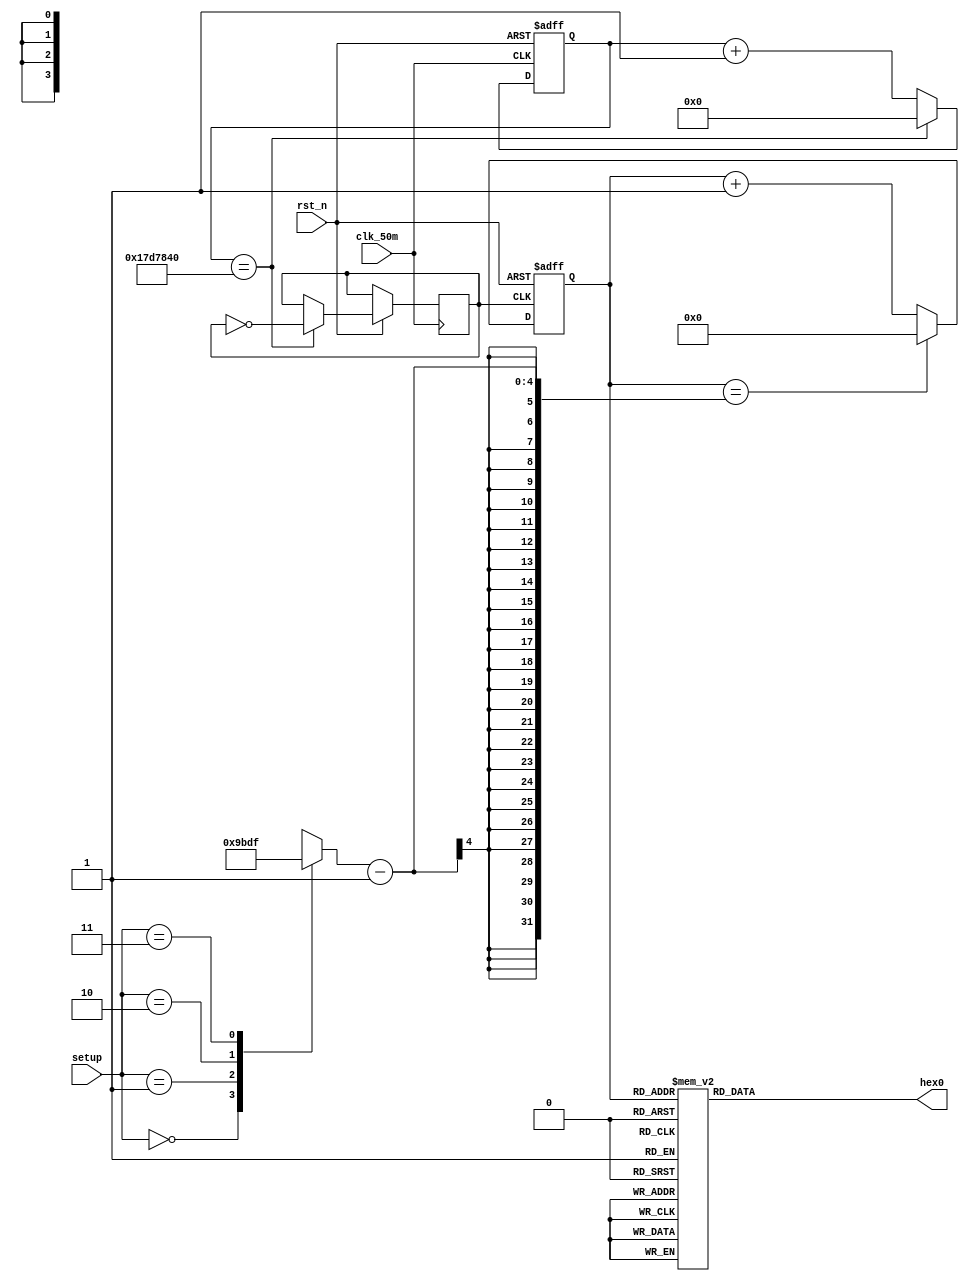
module Counter(
		input					clk_50m,
		input					rst_n,
		
		input [1:0] 		setup,
		
		output reg [6:0]	hex0
		
		
);

//-----------------------------------------------------
reg  [24:0]  cnt_0;  
reg	clk_1hz;

always@(posedge clk_50m or negedge rst_n ) 
begin  
	if(!rst_n)  
		cnt_0<=24'd0;  
 	else if(cnt_0==25000000)
		begin   
			cnt_0<=24'd0;   
			clk_1hz<=~clk_1hz;  
		end  
	else   
		cnt_0<=cnt_0+1; 
end 

//-----------------------------------------------------
reg [3:0]	cnt_1;

always@(*)
begin
	case(setup)
		2'b00:  cnt_1 <= 9;
		2'b01:  cnt_1 <= 11;
		2'b10:  cnt_1 <= 13;
		2'b11:  cnt_1 <= 15;
		default:cnt_1 <= 0;
		
	endcase
end




//-----------------------------------------------------
reg [3:0]	cnt_2;

always@(posedge clk_1hz or negedge rst_n )
begin  
  if(!rst_n)  
    cnt_2<=4'd0;  
	 
  else if(cnt_2==cnt_1-1)  
	 cnt_2<=4'd0;

  else   
    cnt_2<=cnt_2+1; 
end 


//-----------------------------------------------------
always@(*) 
begin   
  case(cnt_2) 
	 4'b0000:hex0= 7'b1000000;
    4'b0001:hex0= 7'b1111001;	   // ---t---- 
	 4'b0010:hex0= 7'b0100100; 	// |	  |
	 4'b0011:hex0= 7'b0110000; 	// lt	 rt 
	 4'b0100:hex0= 7'b0011001; 	// |	  |
	 4'b0101:hex0= 7'b0010010; 	// ---m----
	 4'b0110:hex0= 7'b0000010; 	// |	  |
	 4'b0111:hex0= 7'b1111000; 	// lb	 rb
	 4'b1000:hex0= 7'b0000000; 	// |	  |
	 4'b1001:hex0= 7'b0011000; 	// ---b----
	 4'b1010:hex0= 7'b0001000;
	 4'b1011:hex0= 7'b0000011;
	 4'b1100:hex0= 7'b1000110;
	 4'b1101:hex0= 7'b0100001;
	 4'b1110:hex0= 7'b0000110;
	 4'b1111:hex0= 7'b0001110;
	 default:hex0= 7'b1000000;  
  endcase 
end

endmodule